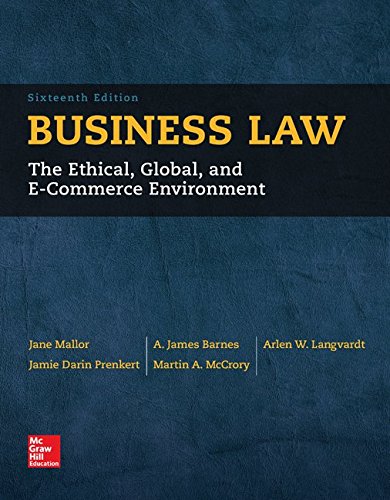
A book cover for Business Law; Jane Mallor; Law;